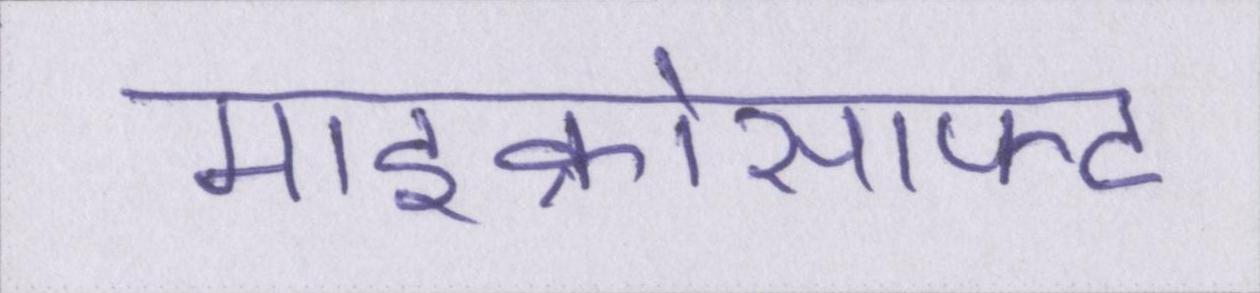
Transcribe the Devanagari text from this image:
माइक्रोसाफ्ट